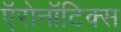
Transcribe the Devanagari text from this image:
ऍरोनॉटिक्स